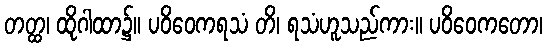
တတ္ထ၊ ထိုဂါထာ၌။ ပဝိဝေကရသံ တိ၊ ရသံဟူသည်ကား။ ပဝိဝေကတော၊